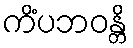
ကိံပဘဝန္တိ